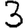
Digit: 3